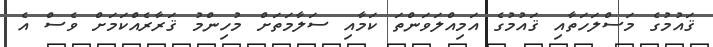
ޤައުމުގެ މަސްލަހަތާއި ޤައުމުގެ އަމިއްލަވަންތަ ކަމާއި ސަލާމަތަށް މުހިންމު ޤަރާރެއްކަމަށް ވެސް އެ